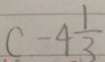
c - 4 \frac { 1 } { 3 }